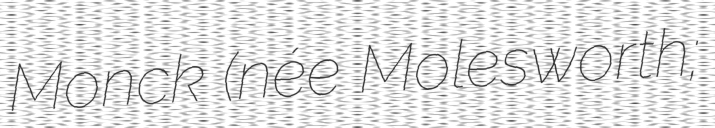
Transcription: Monck (née Molesworth;